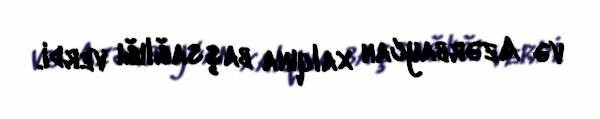
və Azərbaycan xalqına başsağlığı verdi.